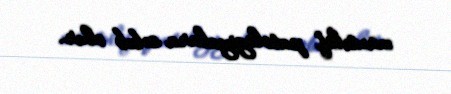
müxtəlif patologiyalara səbəb olur.